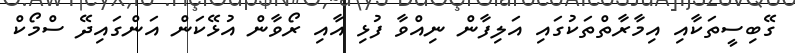
ގޭބިސީތަކާއި އިމާރާތްތަކުގައި އަލިފާން ނިއްވާ ފުޅި އާއި ރޯވާން އުޅޭކަން އަންގައިދޭ ސްމޯކް